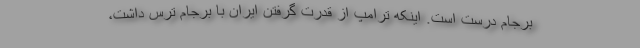
برجام درست است. اینکه ترامپ از قدرت گرفتن ایران با برجام ترس داشت،